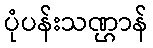
ပုံပန်းသဏ္ဌာန်